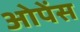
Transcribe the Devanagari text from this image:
ओपेंस